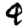
Digit: 4